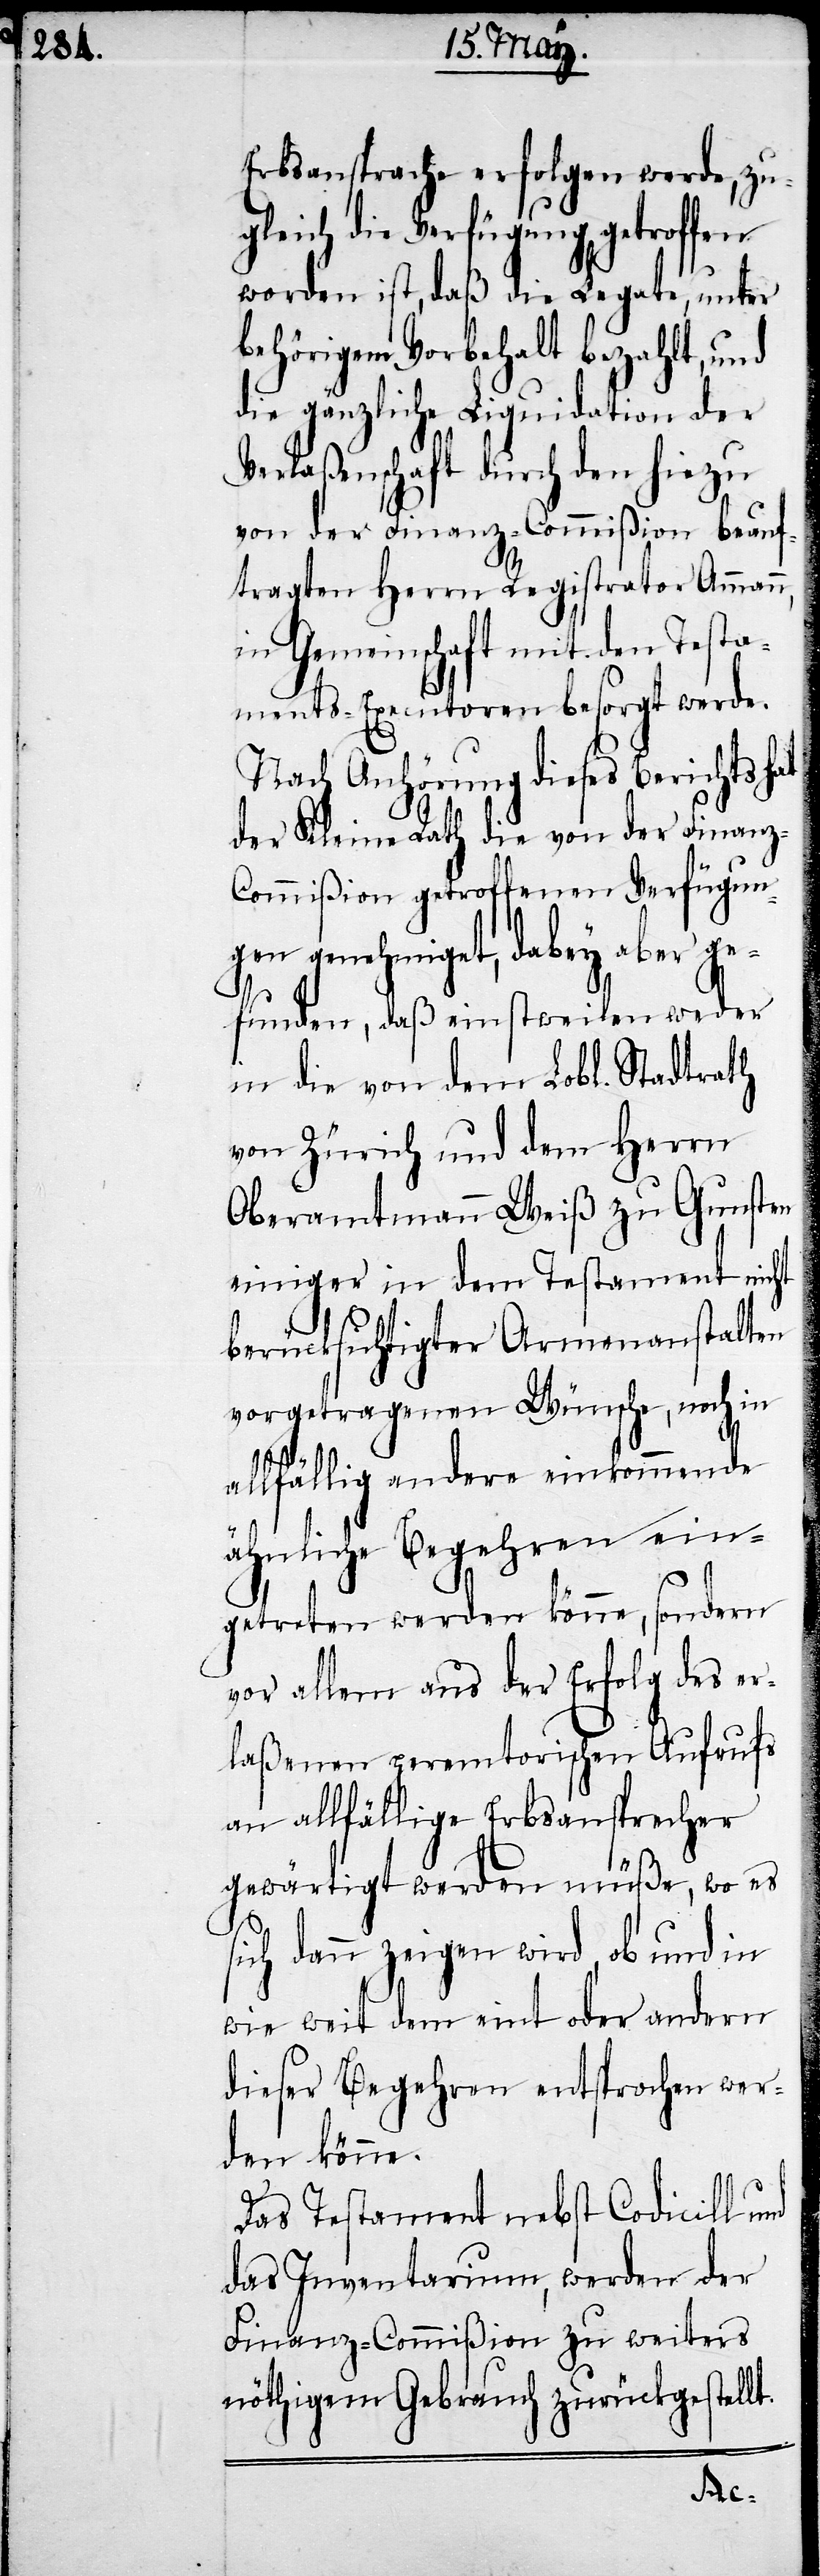
Erbsansprache erfolgen werde, zu¬
gleich die Verfügung getroffen
worden ist, daß die Legate, unter
behörigem Vorbehalt bezahlt, und
die gänzliche Liquidation der
Verlaßenschaft durch den hiezu
von der Finanz-Commißion beauf¬
tragten Herrn Registrator Ammann,
in Gemeinschaft mit den Insta¬
ments-Executoren besorgt werde.
Nach Anhörung dieses Berichts hat
der Kleine Rath die von der Finan¬
z-Commißion getroffenen Verfügun¬
gen genehmiget, dabey aber ge¬
funden, daß einstweilen weder
in die von dem Lobl. Stadtrath
von Zürich und dem Herrn
Oberamtmann Weiß zu Gunsten
einiger in dem Testament nicht
berücksichtigter Armenanstalten
vorgetragenen Wünsche, noch in
allfällig andere einkommende
ähnliche Begehren ein¬
getreten werden könne, sondern
vor allem aus der Erfolg des er¬
laßenen peremtorischen Aufrufs
an allfällige Erbsansprecher
gewärtigt werden müße, wo es
sich dann zeigen wird, ob und in
wie weit dem eint oder andern
dieses Begehren entsprochen wer¬
den könne.
Das Testament nebst Codicill
das Inventarium, werden der
Finanz-Commißion zu weiters
nöthigem Gebrauch zurückgestellt.